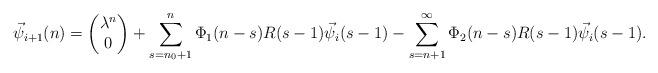
LaTeX: \begin{align*} \vec{\psi}_{i+1}(n)=\begin{pmatrix}\lambda^n\\0\end{pmatrix} +\sum_{s=n_0+1}^n\Phi_1(n-s)R(s-1)\vec{\psi}_{i}(s-1)-\sum_{s=n+1}^\infty\Phi_2(n-s)R(s-1)\vec{\psi}_{i}(s-1). \end{align*}